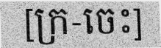
[ក្រ-ចេះ]